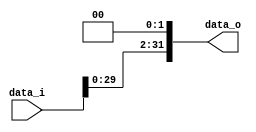
module Branch_Shift_Left_2(
	data_i,
	data_o
);

input	[31:0]	data_i;
output	[31:0]	data_o;

assign data_o = (data_i << 2);

endmodule